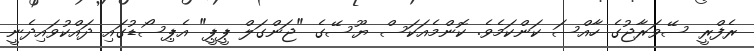
ރެފްރީ ސޭވަރާޖުގެ ހާއްސަ ކަންކަމެވެ. ކޮންމެއަކަސް ޔޫސޭގެ "ޖަންގަލް ޕީޕީ" އެޕިސޯޑުގައި ދައްކުވައިދެނީ